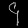
Digit: ၄